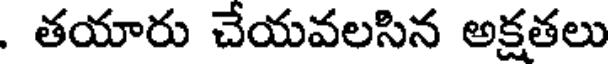
. తయారు చేయవలసిన అక్షతలు